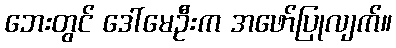
ဘေးတွင် ဒေါ်မေဦးက အဖော်ပြုလျက်။